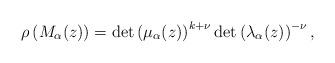
LaTeX: \begin{align*} \rho\left(M_{\alpha}(z)\right) = \det\left(\mu_{\alpha}(z)\right)^{k+\nu} \det\left(\lambda_\alpha(z)\right)^{-\nu}, \end{align*}